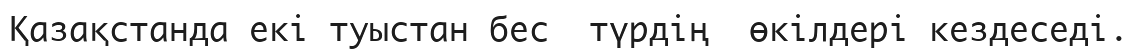
Қазақстанда екі туыстан бес  түрдің  өкілдері кездеседі.